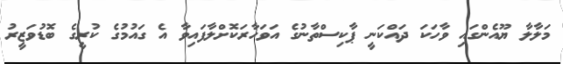
މަލާލާ ޔޫއެންގައި ވާހަކަ ދައްކަނީ ޕާކިސްތާނުގެ އަވަހާރަކޮށްލާފައިވާ އެ ގައުމުގެ ކުރީގެ ބޮޑުވަޒީރު